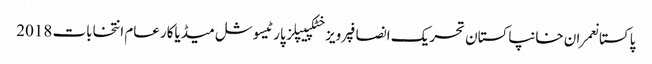
پاکستانعمران خانپاکستان تحریک انصافپرویز خٹکپیپلز پارٹیسوشل میڈیاکارعام انتخابات 2018